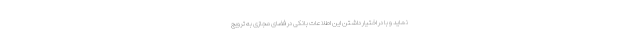
‌نماید و با در اختیار داشتن این اطلاعات بانکی در فضای مجازی به ترویج